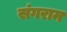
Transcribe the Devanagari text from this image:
संगराम